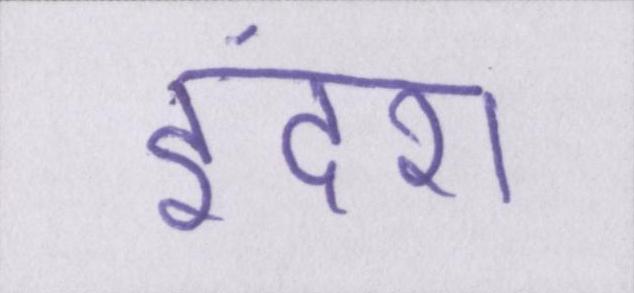
इंदरा